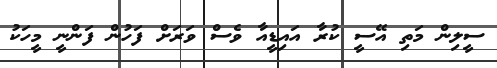
ސީލިން މަތި އޭސީ ކުރާ އައިޑީއާ ވެސް ވަރަށް ފަހުން ފަންނީ މީހަކު